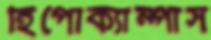
হিপোক্যাম্পাস